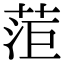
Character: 菃